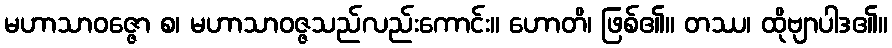
မဟာသာဝဇ္ဇော စ၊ မဟာသာဝဇ္ဇသည်လည်းကောင်း။ ဟောတိ၊ ဖြစ်၏။ တဿ၊ ထိုဗျာပါဒ၏။